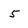
Character: 5